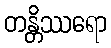
တန္တိဿရော